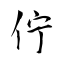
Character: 佇